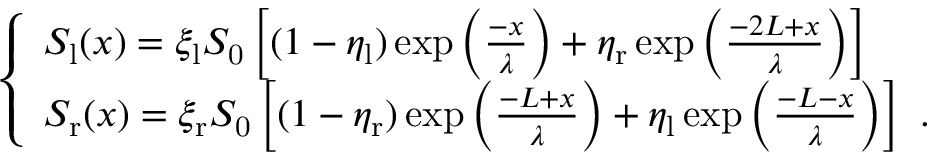
\left\{ \begin{array} { l l } { S _ { \mathrm { l } } ( x ) = \xi _ { \mathrm { l } } S _ { \mathrm { 0 } } \left[ ( 1 - \eta _ { \mathrm { l } } ) \exp { \left( \frac { - x } { \lambda } \right) } + \eta _ { \mathrm { r } } \exp { \left( \frac { - 2 L + x } { \lambda } \right) } \right] } \\ { S _ { \mathrm { r } } ( x ) = \xi _ { \mathrm { r } } S _ { \mathrm { 0 } } \left[ ( 1 - \eta _ { \mathrm { r } } ) \exp { \left( \frac { - L + x } { \lambda } \right) } + \eta _ { \mathrm { l } } \exp { \left( \frac { - L - x } { \lambda } \right) } \right] \ . } \end{array} \right.